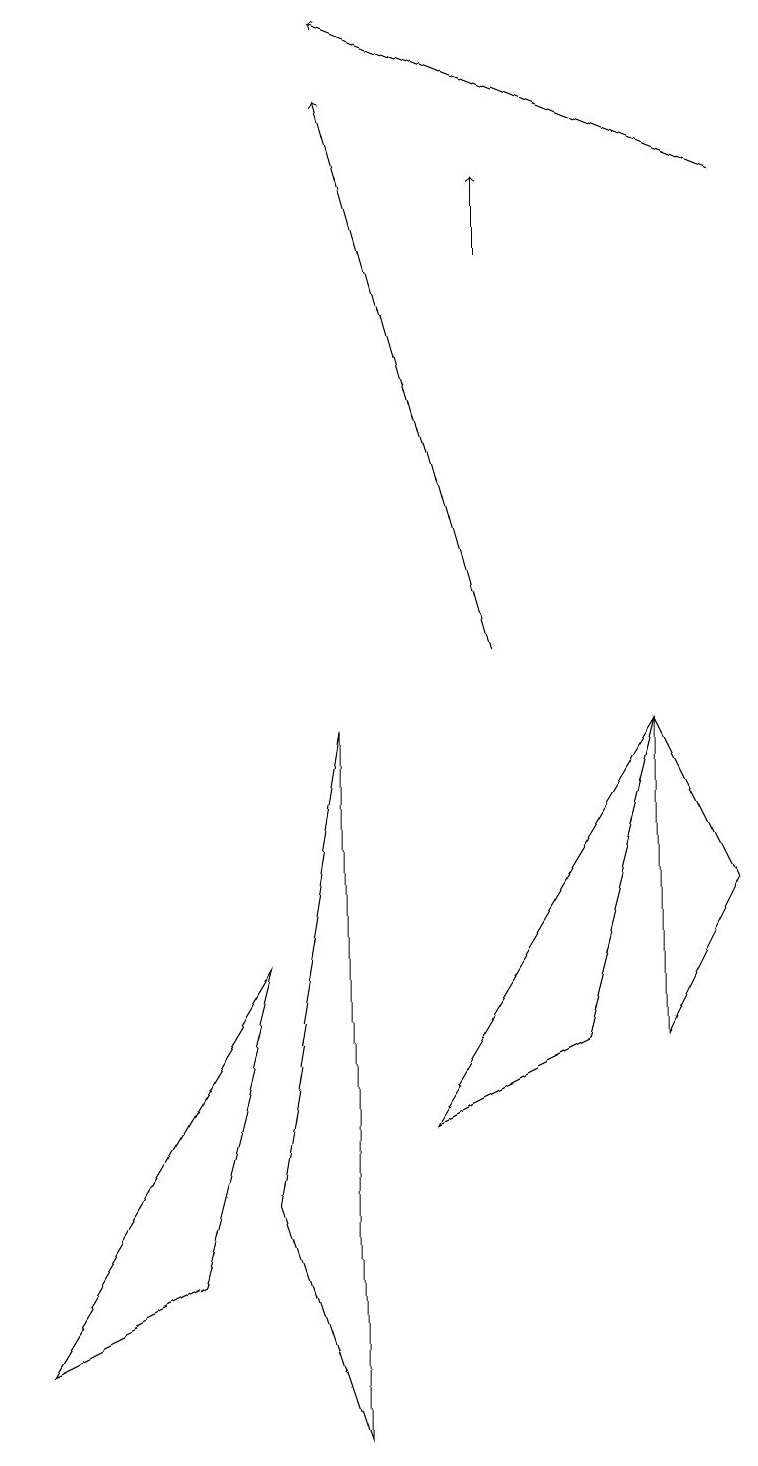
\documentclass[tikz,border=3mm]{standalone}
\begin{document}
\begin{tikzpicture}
\draw[->] (9,16) -- (4,18);
\draw[->] (6,15) -- (6,16);
\draw (3,6) -- (0,1) -- (2,2) -- cycle;
\draw[->] (6,10) -- (4,17);
\draw (4,0) -- (3,3) -- (4,9) -- cycle;
\draw (9,7) -- (8,9) -- (8,5) -- cycle;
\draw (5,4) -- (8,9) -- (7,5) -- cycle;
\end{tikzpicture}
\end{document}